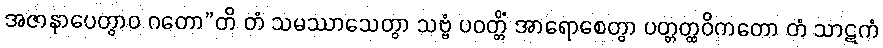
အဇာနာပေတွာဝ ဂတော”တိ တံ သမဿာသေတွာ သဗ္ဗံ ပဝတ္တိံ အာရောစေတွာ ပတ္တတ္ထဝိကတော တံ သာဋကံ